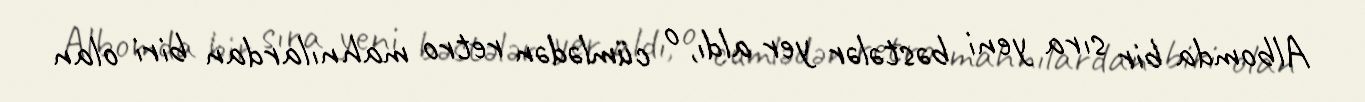
Albomda bir sıra yeni bəstələr yer aldı, o cümlədən retro mahnılardan biri olan